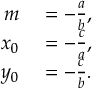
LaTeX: \begin{array} { r l } { m } & { { } = - { \frac { a } { b } } , } \\ { x _ { 0 } } & { { } = - { \frac { c } { a } } , } \\ { y _ { 0 } } & { { } = - { \frac { c } { b } } . } \end{array}